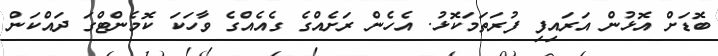
ބޮޑަށް އޮޅުން އަރައިފި ފުރަތަމަކޮޅު. އެހެން ރަށެއްގެ ގެއެއްގެ ވާހަކަ ކޮމެންޓްގަ ދައްކަން